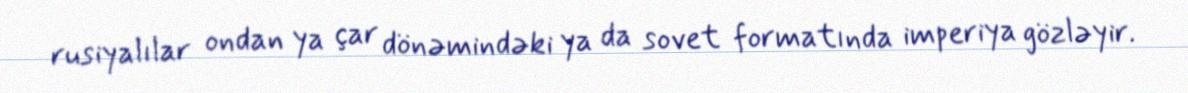
rusiyalılar ondan ya çar dönəmindəki ya da sovet formatında imperiya gözləyir.